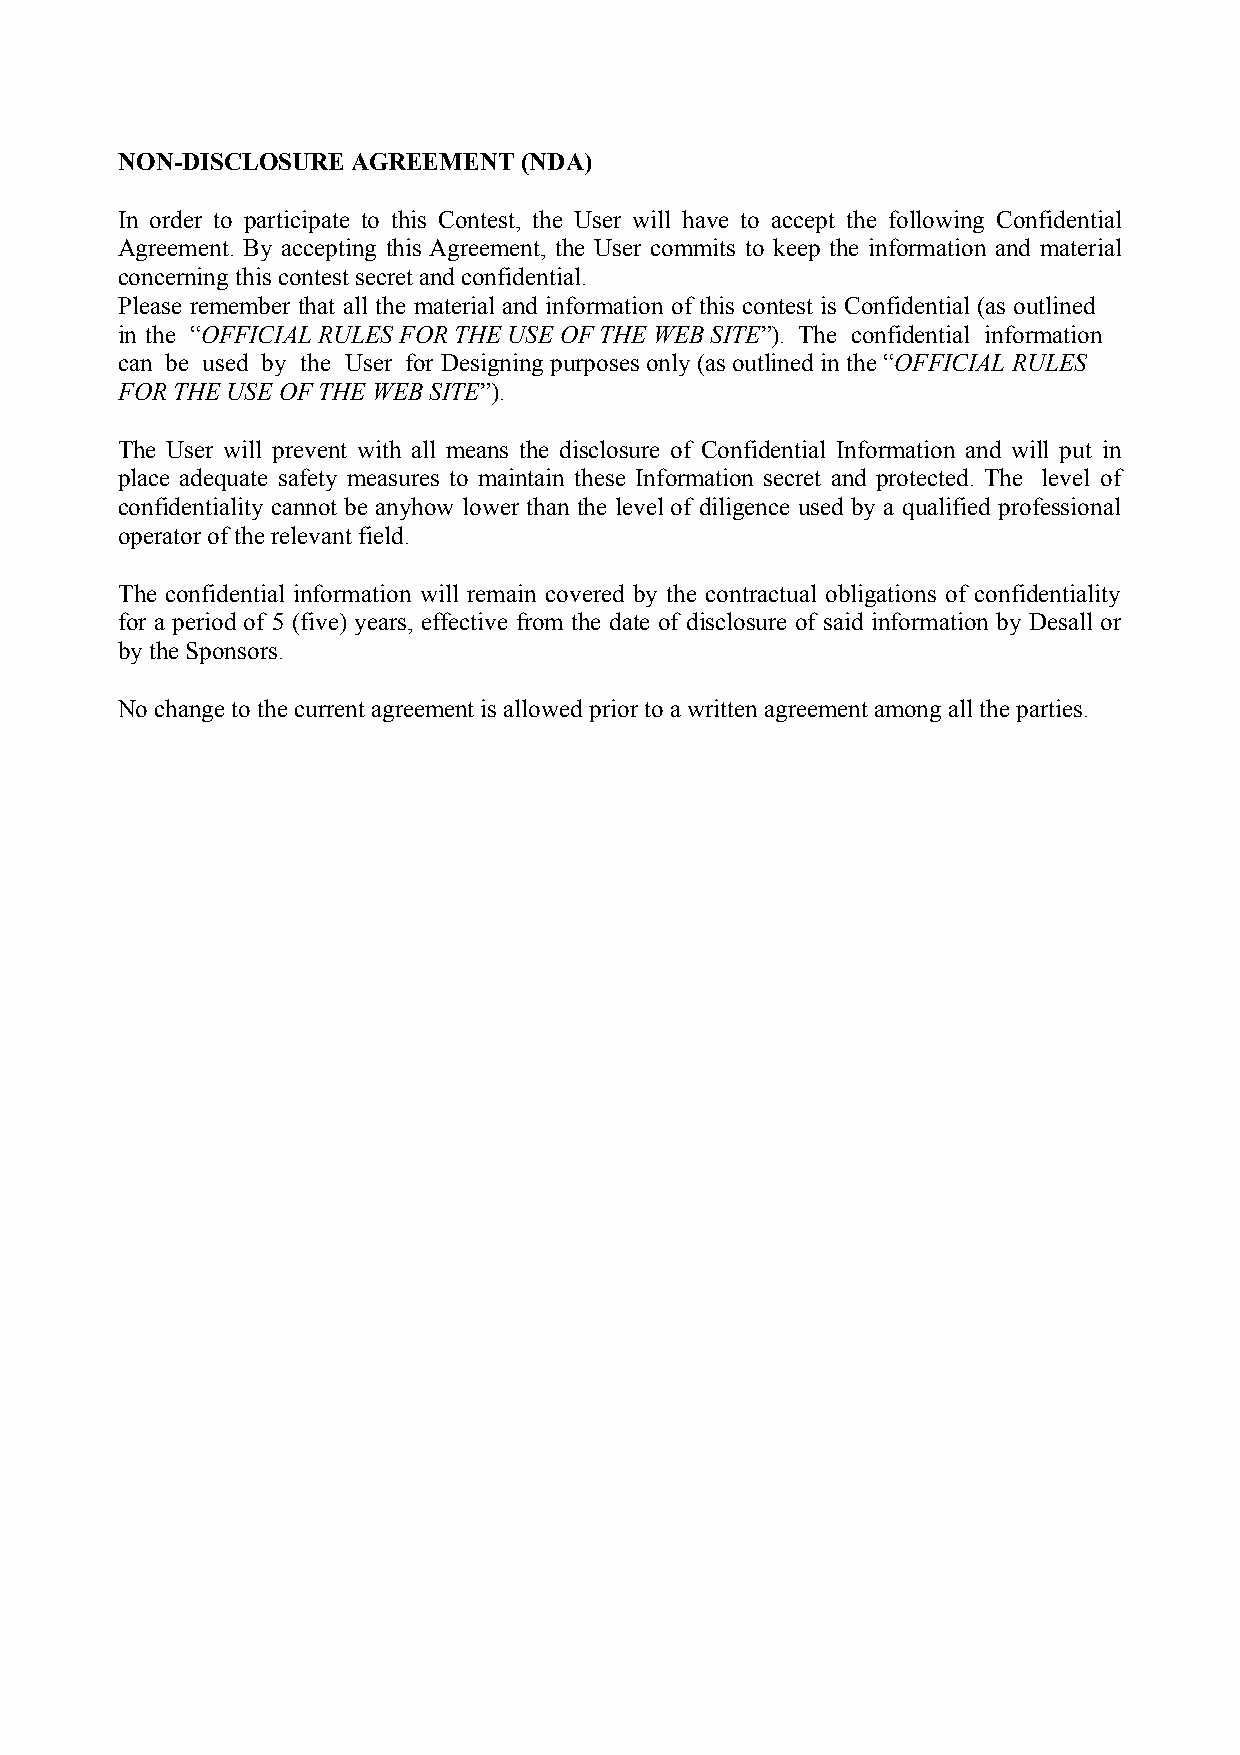
NON-DISCLOSURE AGREEMENT  (NDA)
 In order to participate to this Contest, the User will have to accept the following Confidential
 Agreement. By accepting this Agreement, the User commits to keep the information and material
 concerning this contest secret and confidential.
 Please remember that all the material and information of this contest is Confidential (as outlined
 in the “OFFICIAL RULES FOR THE USE OF THE WEB SITE”). The confidential information
 can be used by the User for Designing purposes only (as outlined in the “OFFICIAL RULES
 FOR THE USE OF THE WEB SITE”).
 The User will prevent with all means the disclosure of Confidential Information and will put in
 place adequate safety measures to maintain these Information secret and protected. The level of
 confidentiality cannot be anyhow lower than the level of diligence used by a qualified professional
 operator of the relevant field.
 The confidential information will remain covered by the contractual obligations of confidentiality
 for a period of 5 (five) years, effective from the date of disclosure of said information by Desall or
 by the Sponsors.
 No change to the current agreement is allowed prior to a written agreement among all the parties.